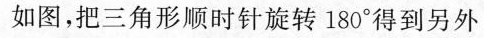
如图，把三角形顺时针旋转180°得到另外